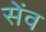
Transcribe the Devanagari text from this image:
सेंव